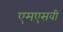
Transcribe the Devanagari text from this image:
एमएसवी